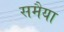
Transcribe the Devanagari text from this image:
समैया